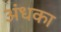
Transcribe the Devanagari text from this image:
अंधका